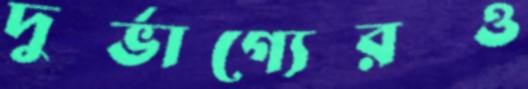
দুর্ভাগ্যেরও